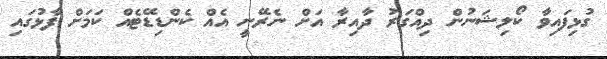
ގުޅިފައިވާ ކޯލިޝަނުން ދިއްގަރު ދާއިރާ އަށް ނެރޭނީ އެއް ކެންޑިޑޭޓެއް ކަމަށް ފާޅުގައި